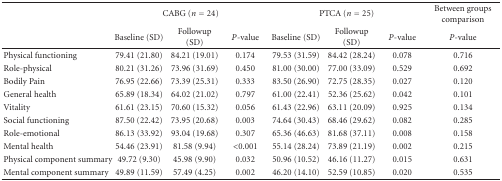
<table><thead><tr><td></td><td colspan="3"><b>CABG (<i>n</i> = 24)</b></td><td colspan="3"><b>PTCA (<i>n</i> = 25)</b></td><td><b>Between groups comparison</b></td></tr><tr><td></td><td><b>Baseline (SD)</b></td><td><b>Followup (SD)</b></td><td><b><i>P</i>-value</b></td><td><b>Baseline (SD)</b></td><td><b>Followup (SD)</b></td><td><b><i>P</i>-value</b></td><td><b><i>P</i>-value</b></td></tr></thead><tbody><tr><td>Physical functioning</td><td>79.41 (21.80)</td><td>84.21 (19.01)</td><td>0.174</td><td>79.53 (31.59)</td><td>84.42 (28.24)</td><td>0.078</td><td>0.716</td></tr><tr><td>Role-physical</td><td>80.21 (31.26)</td><td>73.96 (31.69)</td><td>0.450</td><td>81.00 (30.00)</td><td>77.00 (33.09)</td><td>0.529</td><td>0.692</td></tr><tr><td>Bodily Pain</td><td>76.95 (22.66)</td><td>73.39 (25.31)</td><td>0.333</td><td>83.50 (26.90)</td><td>72.75 (28.35)</td><td>0.027</td><td>0.120</td></tr><tr><td>General health</td><td>65.89 (18.34)</td><td>64.02 (21.02)</td><td>0.797</td><td>61.00 (22.41)</td><td>52.36 (25.62)</td><td>0.042</td><td>0.101</td></tr><tr><td>Vitality</td><td>61.61 (23.15)</td><td>70.60 (15.32)</td><td>0.056</td><td>61.43 (22.96)</td><td>63.11 (20.09)</td><td>0.925</td><td>0.134</td></tr><tr><td>Social functioning</td><td>87.50 (22.42)</td><td>73.95 (20.68)</td><td>0.003</td><td>74.64 (30.43)</td><td>68.46 (29.62)</td><td>0.082</td><td>0.285</td></tr><tr><td>Role-emotional</td><td>86.13 (33.92)</td><td>93.04 (19.68)</td><td>0.307</td><td>65.36 (46.63)</td><td>81.68 (37.11)</td><td>0.008</td><td>0.158</td></tr><tr><td>Mental health</td><td>54.46 (23.91)</td><td>81.58 (9.94)</td><td>&lt;0.001</td><td>55.14 (28.24)</td><td>73.89 (21.19)</td><td>0.002</td><td>0.215</td></tr><tr><td>Physical component summary</td><td>49.72 (9.30)</td><td>45.98 (9.90)</td><td>0.032</td><td>50.96 (10.52)</td><td>46.16 (11.27)</td><td>0.015</td><td>0.631</td></tr><tr><td>Mental component summary</td><td>49.89 (11.59)</td><td>57.49 (4.25)</td><td>0.002</td><td>46.20 (14.10)</td><td>52.59 (10.85)</td><td>0.020</td><td>0.535</td></tr></tbody></table>